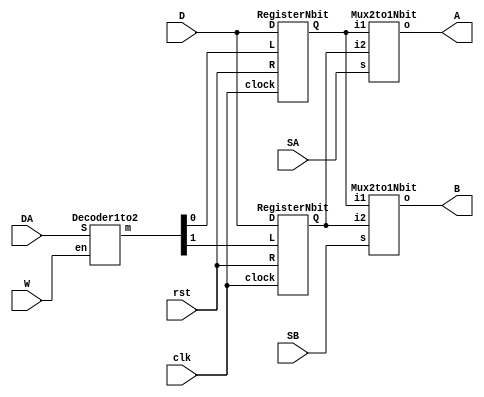
`timescale 1ns / 1ps
//////////////////////////////////////////////////////////////////////////////////
// Company: 
// Engineer: 
// 
// Design Name: 
// Module Name: rf
// Project Name: 
// Target Devices: 
// Tool Versions: 
// Description: 
// 
// Dependencies: 
// 
// Revision:
// Revision 0.01 - File Created
// Additional Comments:
// 
//////////////////////////////////////////////////////////////////////////////////

module rf(A, B, SA, SB, D, DA, W, rst, clk);
	output [3:0]A; // A bus
	output [3:0]B; // B bus
	input SA; // Select A - A Address
	input SB; // Select B - B Address
	input [3:0]D; // Data input
	input DA; // Data destination address
	input W; // write enable
	input rst; // positive logic asynchronous reset
	input clk;
	
	wire [1:0]load_enable;
	wire [3:0]R00, R01;
	
	
	Decoder1to2 decoder (load_enable, DA, W);
	RegisterNbit reg00 (D,R00,load_enable[0], rst, clk); //D-in, R00-out
	RegisterNbit reg01 (D,R01,load_enable[1], rst, clk);
	Mux2to1Nbit muxA (A,R00, R01, SA);
	Mux2to1Nbit muxB (B,R00, R01,SB); 

endmodule

module RegisterNbit(D, Q,  L, R, clock);
	parameter N = 4; // number of bits
	output reg [N-1:0]Q; // registered output
	input [N-1:0]D; // data input
	input L; // load enable
	input R; // positive logic asynchronous reset
	input clock; // positive edge clock
	
	always @(posedge clock or posedge R) begin
		if(R)
			Q <= 0;
		else if(L)
			Q <= D;
		else
			Q <= Q;
	end
endmodule

module Decoder1to2(m, S, en);
	input S; // select
	input en; // enable (positive logic)
	output [1:0]m; // 32 minterms
	
	assign m[0] = ~S&en;
	assign m[1] = S&en;
	
endmodule

module Mux2to1Nbit(o, i1,i2, s);
   input [3:0] i1,i2;
   input  s;
   output reg  [3:0] o;
 
always @(s or i1 or i2)
begin
   case (s)
      1'b0 : o = i1;
      1'b1 : o = i2;
      default : o = 4'b0;
   endcase
end
endmodule